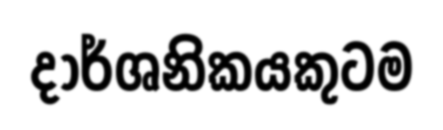
දාර්ශනිකයකුටම